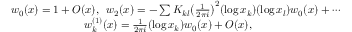
\begin{array} { r } { w _ { 0 } ( x ) = 1 + O ( x ) , \, \, \, w _ { 2 } ( x ) = - \sum K _ { k l } \big ( \frac { 1 } { 2 \pi i } \big ) ^ { 2 } ( \log x _ { k } ) ( \log x _ { l } ) w _ { 0 } ( x ) + \cdots } \\ { w _ { k } ^ { ( 1 ) } ( x ) = \frac { 1 } { 2 \pi i } ( \log x _ { k } ) w _ { 0 } ( x ) + O ( x ) , \qquad \qquad \qquad \qquad } \end{array}